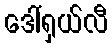
ဒေါ်ရှယ်လီ